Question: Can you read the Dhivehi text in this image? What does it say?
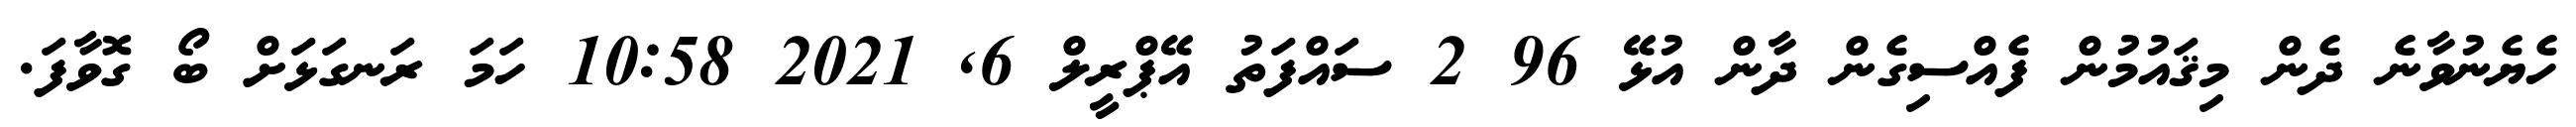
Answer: ހެޔެނުވާނެ ދެން މިޤައުމުން ފެއްސިގެން ދާން އުޅޭ 96 2 ސައްފަތު އޭޕްރީލް 6, 2021 10:58 ހަމަ ރަނގަޅަށް ބޯ ގޮވާފަ.